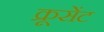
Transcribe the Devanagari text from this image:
क्रूसेंट